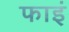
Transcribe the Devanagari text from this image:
फाइं